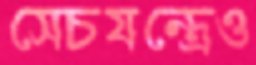
সেচযন্ত্রেও